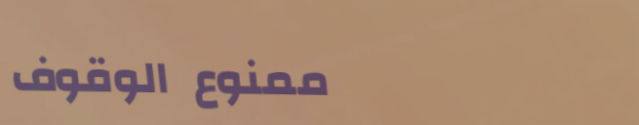
ممنوع الوقوف